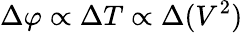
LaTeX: \Delta\varphi\propto\Delta T\propto\Delta(V^{2})